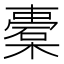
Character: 橐